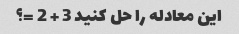
این معادله را حل کنید 3 + 2 =؟